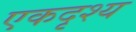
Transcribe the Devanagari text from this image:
एकदृश्य